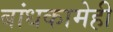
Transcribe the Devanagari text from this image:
बांधकामेही